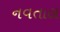
નવતાલ